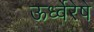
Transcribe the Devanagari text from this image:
ऊर्ध्वेरेषे